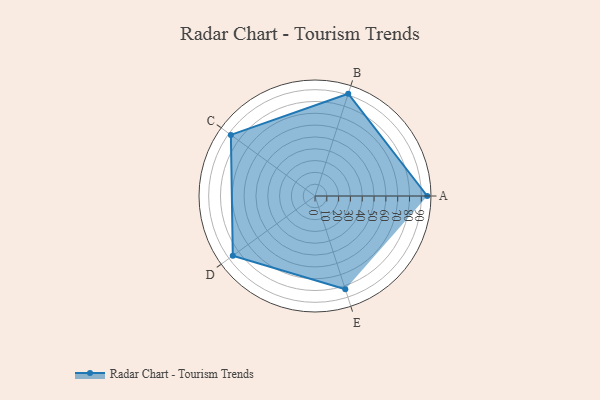
{"axis": {"x": "Skill", "y": "Score"}, "legend": ["Profile"], "data": [{"x": "A", "y": 95.0, "type": "Profile"}, {"x": "B", "y": 91.0, "type": "Profile"}, {"x": "C", "y": 88.0, "type": "Profile"}, {"x": "D", "y": 86.0, "type": "Profile"}, {"x": "E", "y": 83.0, "type": "Profile"}]}